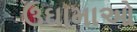
ઉઘામાઓ